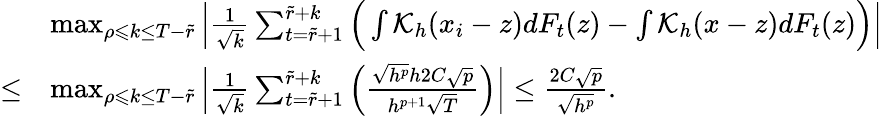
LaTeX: \begin{array}{rl}&{\operatorname*{max}_{\rho\leqslant k\leq T-\widetilde{r}}\Big|\frac{1}{\sqrt{k}}\sum_{t=\widetilde{r}+1}^{\widetilde{r}+k}\Big(\int\mathcal{K}_{h}(x_{i}-z)dF_{t}(z)-\int\mathcal{K}_{h}(x-z)dF_{t}(z)\Big)\Big|}\\ {\le}&{\operatorname*{max}_{\rho\leqslant k\leq T-\widetilde{r}}\Big|\frac{1}{\sqrt{k}}\sum_{t=\widetilde{r}+1}^{\widetilde{r}+k}\Big(\frac{\sqrt{h^{p}}h2C\sqrt{p}}{h^{p+1}\sqrt{T}}\Big)\Big|\le\frac{2C\sqrt{p}}{\sqrt{h^{p}}}.}\end{array}